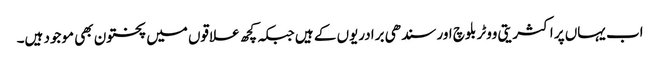
اب یہاں پر اکثریتی ووٹر بلوچ اور سندھی برادریوں کے ہیں جبکہ کچھ علاقوں میں پختون بھی موجود ہیں۔